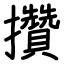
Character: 攢